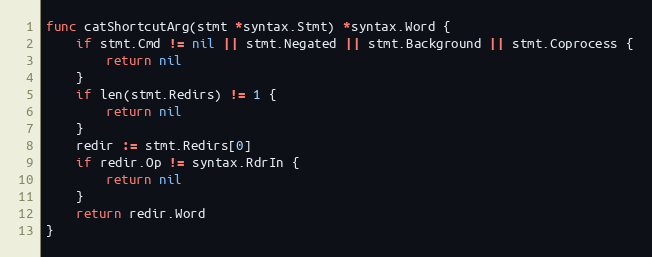
Language: Go
func catShortcutArg(stmt *syntax.Stmt) *syntax.Word {
	if stmt.Cmd != nil || stmt.Negated || stmt.Background || stmt.Coprocess {
		return nil
	}
	if len(stmt.Redirs) != 1 {
		return nil
	}
	redir := stmt.Redirs[0]
	if redir.Op != syntax.RdrIn {
		return nil
	}
	return redir.Word
}